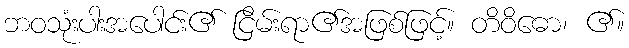
ဘဝသုံးပါးအပေါင်း၏ ငြိမ်းရာ၏အဖြစ်ဖြင့်။ တိဝိဓော၊ ၏။